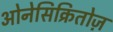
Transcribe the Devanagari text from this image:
ओनेसिक्रितोज़